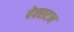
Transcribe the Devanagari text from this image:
पेक्‍सटन